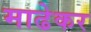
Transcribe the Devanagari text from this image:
माढेकर